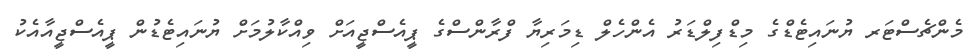
މެންޗެސްޓަރ ޔުނައިޓެޑްގެ މިޑްފިލްޑަރު އެންހެލް ޑިމަރިޔާ ފްރާންސްގެ ޕީއެސްޖީއަށް ވިއްކާލުމަށް ޔުނައިޓެޑުން ޕީއެސްޖީއާއެކު